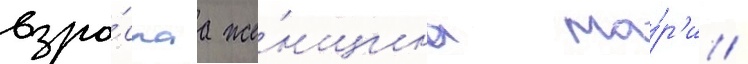
взро́слаа же́нщина ма́р'и /